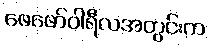
ဖေဖော်ဝါရီလအတွင်းက